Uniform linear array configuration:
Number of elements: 8
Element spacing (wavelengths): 0.5
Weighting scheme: binomial
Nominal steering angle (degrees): -30
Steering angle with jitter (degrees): -28.571
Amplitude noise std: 0.05
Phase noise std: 0.05

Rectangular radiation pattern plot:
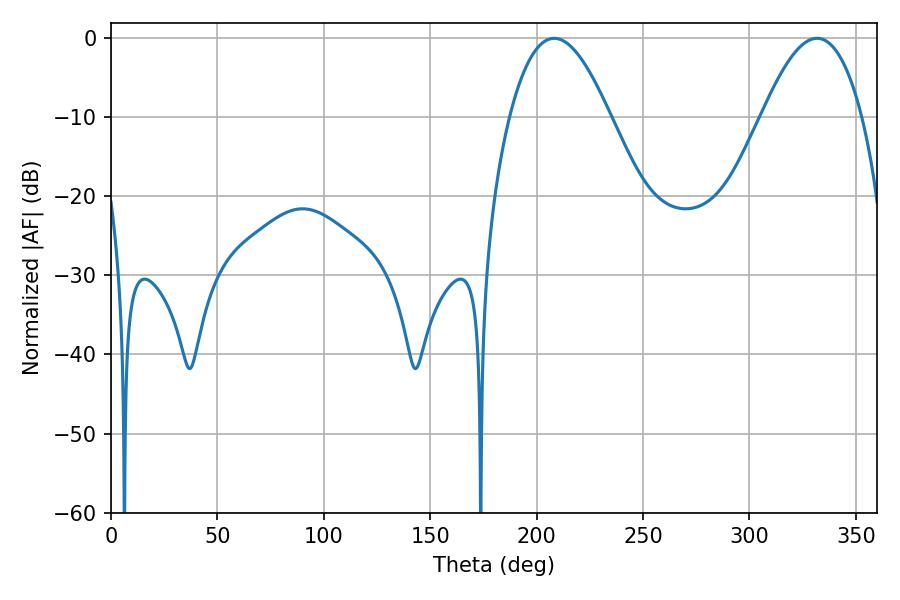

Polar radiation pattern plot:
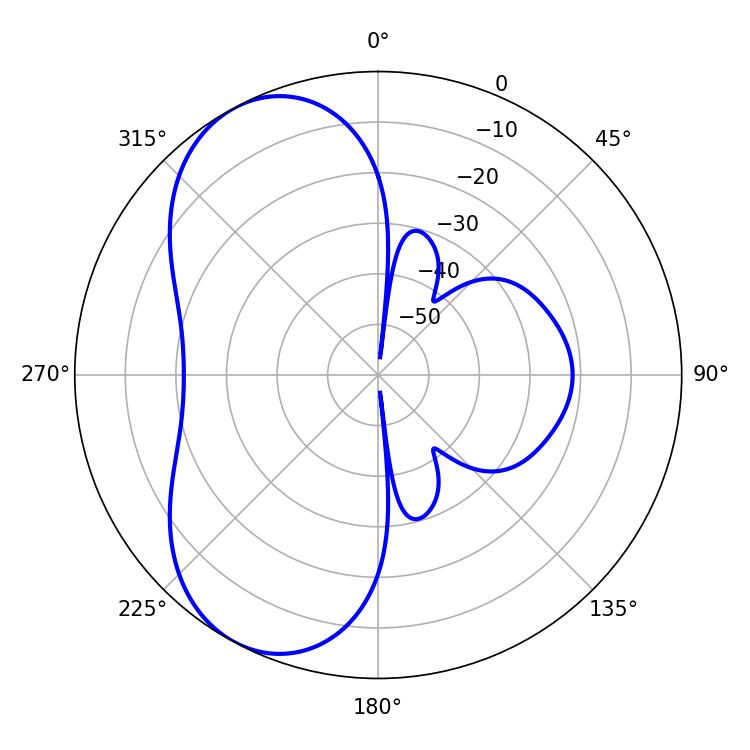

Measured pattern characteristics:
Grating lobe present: FALSE
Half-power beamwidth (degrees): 25.74
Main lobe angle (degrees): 208.26